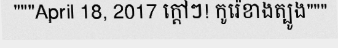
"""April 18, 2017 ក្តៅៗ! កូរ៉េខាងត្បូង"""